Tezpur Lunatic Asylum reports 1877-1894 - 1877-1894
Year: 1877
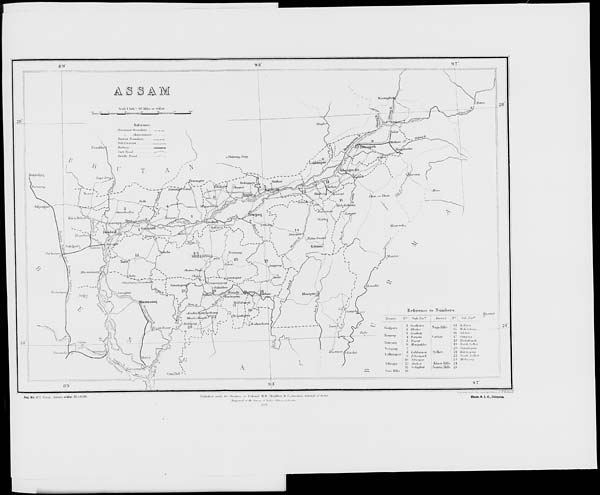
Reg-No 870 Oomr Awr.m. — Mar 02.-3.COO
..; t ,,l.. ml II It .KM.UI.I-. ii.i:
1 „i il,.- s,
"'"Hi:'/'
''■'
""'"-.''"'•